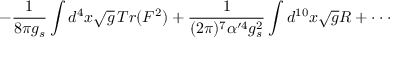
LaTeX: - \frac { 1 } { 8 \pi g _ { s } } \int d ^ { 4 } x \sqrt { g } \, T r ( F ^ { 2 } ) + \frac { 1 } { ( 2 \pi ) ^ { 7 } \alpha ^ { \prime 4 } g _ { s } ^ { 2 } } \int d ^ { 1 0 } x \sqrt { g } R + \cdot \cdot \cdot